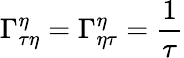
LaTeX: \Gamma_{\tau\eta}^{\eta}=\Gamma_{\eta\tau}^{\eta}=\frac{1}{\tau}